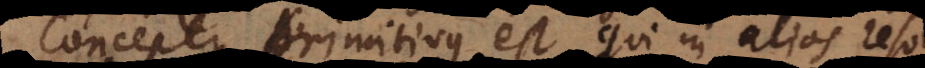
Conceptus primitivus est, qui in alios resolvi